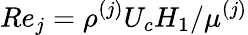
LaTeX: Re_{j}=\rho^{(j)}U_{c}H_{1}/\mu^{(j)}